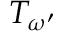
T _ { \omega ^ { \prime } }